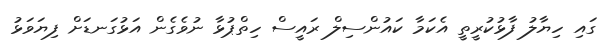
ގައި ހިޔާލު ފާޅުކުރީތީ އެކަމާ ކައުންސިލް ރައީސް ހިތްޕުޅާ ނުވެގެން އަޅުގަނޑަށް ފިޔަވަޅު